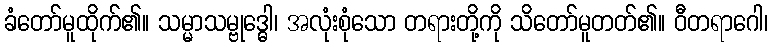
ခံတော်မူထိုက်၏။ သမ္မာသမ္ဗုဒ္ဓေါ၊ အလုံးစုံသော တရားတို့ကို သိတော်မူတတ်၏။ ဝီတရာဂေါ၊